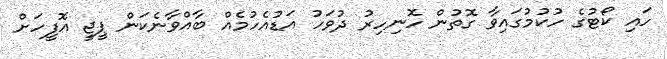
ހައި ކޯޓުގެ ހުކުމުގައިވާ ގޮތުން ހޮނިހިރު ދުވަހު އަޑުއެހުމެއް ބާއްވާނެކަން ޕީޖީ އޮފީހަށް